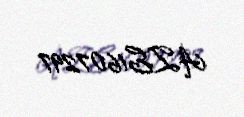
AZE1607297